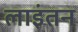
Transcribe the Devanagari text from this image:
लाइंतन